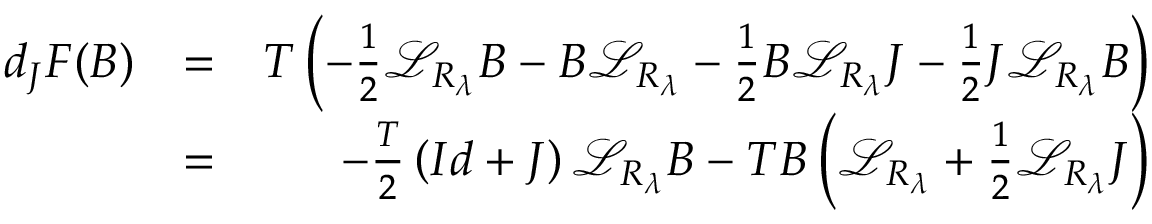
\begin{array} { r l r } { d _ { J } F ( B ) } & { = } & { T \left( - \frac 1 2 { \mathcal L } _ { R _ { \lambda } } B - B { \mathcal L } _ { R _ { \lambda } } - \frac 1 2 B { \mathcal L } _ { R _ { \lambda } } J - \frac 1 2 J { \mathcal L } _ { R _ { \lambda } } B \right) } \\ & { = } & { - \frac { T } 2 \left( I d + J \right) { \mathcal L } _ { R _ { \lambda } } B - T B \left( { \mathcal L } _ { R _ { \lambda } } + \frac 1 2 { \mathcal L } _ { R _ { \lambda } } J \right) } \end{array}